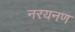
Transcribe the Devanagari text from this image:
नरयनण